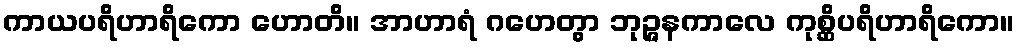
ကာယပရိဟာရိကော ဟောတိ။ အာဟာရံ ဂဟေတွာ ဘုဉ္ဇနကာလေ ကုစ္ဆိပရိဟာရိကော။